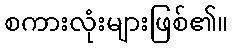
စကားလုံးများဖြစ်၏။